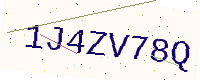
Text: 1J4ZV78Q